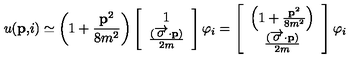
u ( \mathbf { p , } i ) \simeq \left( 1 + \frac { \mathbf { p } ^ { 2 } } { 8 m ^ { 2 } } \right) \left[ \begin{array} { c } { 1 } \\ { \frac { ( \overrightarrow { \mathbf { \sigma } } \mathbf { \cdot p } ) } { 2 m } } \\ \end{array} \right] \varphi _ { i } = \left[ \begin{array} { c } { \left( 1 + \frac { \mathbf { p } ^ { 2 } } { 8 m ^ { 2 } } \right) } \\ { \frac { ( \overrightarrow { \mathbf { \sigma } } \mathbf { \cdot p } ) } { 2 m } } \\ \end{array} \right] \varphi _ { i }